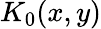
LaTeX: K_{0}(x,y)